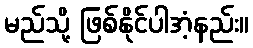
မည်သို့ ဖြစ်နိုင်ပါအံ့နည်း။